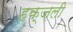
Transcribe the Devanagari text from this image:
हक्ज़ली